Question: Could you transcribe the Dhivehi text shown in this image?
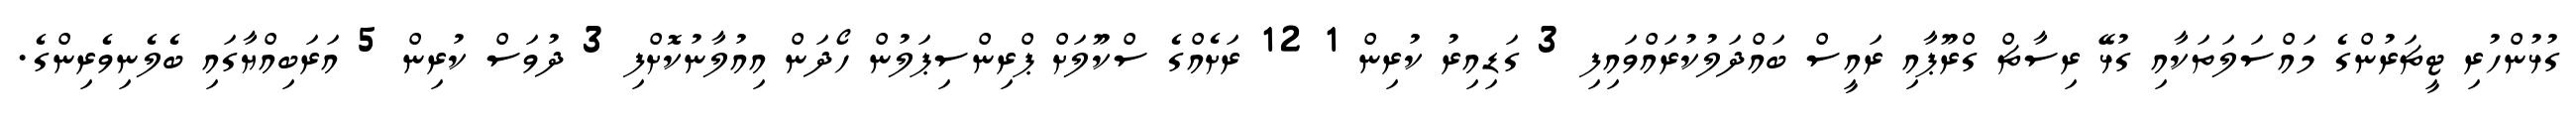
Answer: ގުޅުންހުރި ޓީޗަރުންގެ މައްސަލަތަކާއި ގުޅޭ ރިސާޗް ގްރޫޕާއި ރައީސް ބައްދަލުކުރައްވައިފި 3 ގަޑިއިރު ކުރިން 1 12 ރަށެއްގެ ސްކޫލަށް ޕްރިންސިޕަލުން ހޯދަން އިއުލާނުކޮށްފި 3 ދުވަސް ކުރިން 5 އަރަބިއްޔާގައި ބެލެނިވެރިންގެ.